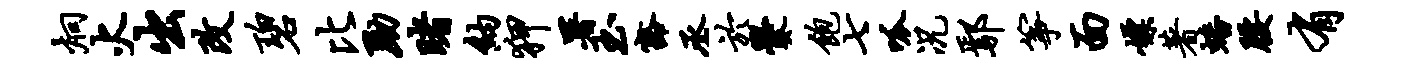
炯火出改碧比黝睹纳狎署玉豁丞於爨饱七呱况鄢筝面嫖著蟠腰有